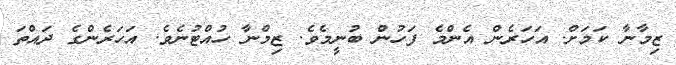
ޒިމާނާ ކަމަށް. އަހަރެން އެެންމެ ފަހުން ބުނީމެވެ. ޒިމްނާ ހުއްޓުނެވެ. އަހަރެންގެ ދައްތަ